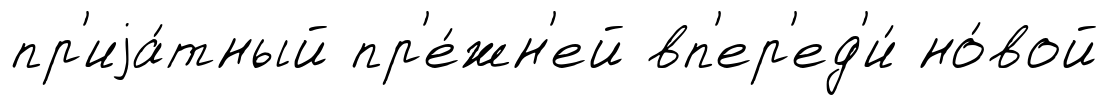
пр'иjа́тный пр'е́жн'ей вп'ер'ед'и́ но́вой